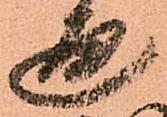
通